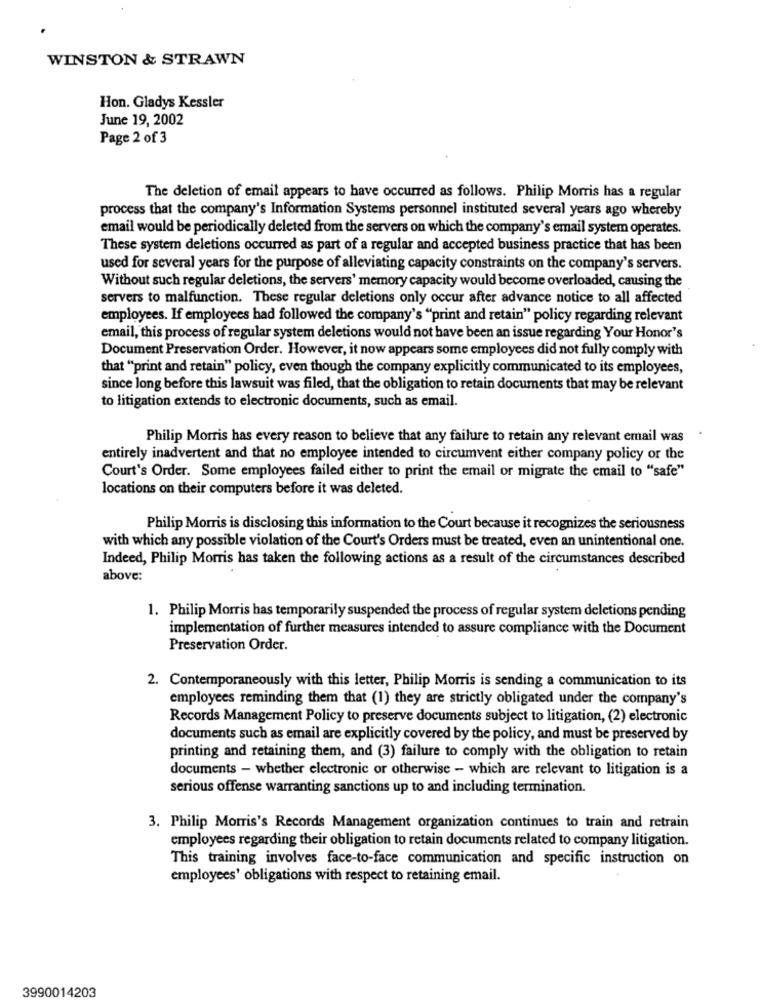
WINSTON & STRAWN
Hon. Gladys Kessler
June 19, 2002
Page 2 of 3
The deletion of email appears to have occurred as follows. Philip Morris has a regular
process that the company's Information Systems personnel instituted several years ago whereby
email would be periodically deleted from the servers on which the company's email system operates.
These system deletions occurred as part of a regular and accepted business practice that has been
used for several years for the purpose of alleviating capacity constraints on the company's servers.
Without such regular deletions, the servers' memory capacity would become overloaded, causing the
servers to malfunction. These regular deletions only occur after advance notice to all affected
employees. If employees had followed the company's "print and retain" policy regarding relevant
email, this process of regular system deletions would not have been an issue regarding Your Honor's
Document Preservation Order. However, it now appears some employees did not fully comply with
that "print and retain" policy, even though the company explicitly communicated to its employees,
since long before this lawsuit was filed, that the obligation to retain documents that may be relevant
to litigation extends to electronic documents, such as email.
.
Philip Morris has every reason to believe that any failure to retain any relevant email was
entirely inadvertent and that no employee intended to circumvent either company policy or the
Court's Order. Some employees failed either to print the email or migrate the email to "safe"
locations on their computers before it was deleted.
Philip Morris is disclosing this information to the Court because it recognizes the seriousness
with which any possible violation of the Court's Orders must be treated, even an unintentional one.
Indeed, Philip Morris has taken the following actions as a result of the circumstances described
above:
1. Philip Morris has temporarily suspended the process of regular system deletions pending
implementation of further measures intended to assure compliance with the Document
Preservation Order.
2. Contemporaneously with this letter, Philip Morris is sending a communication to its
employees reminding them that (1) they are strictly obligated under the company's
Records Management Policy to preserve documents subject to litigation, (2) electronic
documents such as email are explicitly covered by the policy, and must be preserved by
printing and retaining them, and (3) failure to comply with the obligation to retain
documents - whether electronic or otherwise - which are relevant to litigation is a
serious offense warranting sanctions up to and including termination.
3. Philip Morris's Records Management organization continues to train and retrain
employees regarding their obligation to retain documents related to company litigation.
This training involves face-to-face communication and specific instruction on
employees' obligations with respect to retaining email.
3990014203